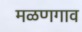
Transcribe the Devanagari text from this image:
मळणगाव